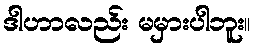
ဒါဟာလည်း မမှားပါဘူး။